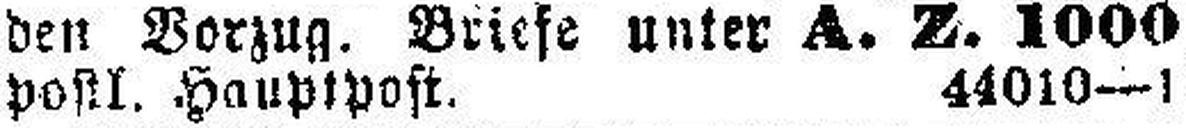
postl. Hauptpost. 44010—1